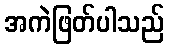
အကဲဖြတ်ပါသည်